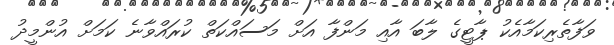
ވަފާތެރިކަމާއެކު ޕާޓީގެ ލާބަ އާއި މަންފާ އަށް މަސައްކަތް ކުރައްވާނެ ކަމަށް އުންމީދު